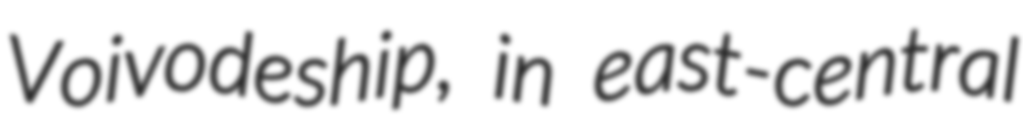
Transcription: Voivodeship, in east-central